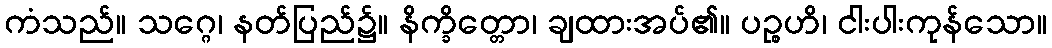
ကံသည်။ သဂ္ဂေ၊ နတ်ပြည်၌။ နိက္ခိတ္တော၊ ချထားအပ်၏။ ပဉ္စဟိ၊ ငါးပါးကုန်သော။